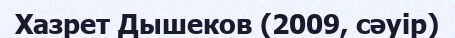
Хазрет Дышеков (2009, сәуір)